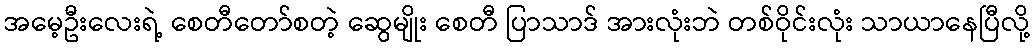
အမေ့ဦးလေးရဲ့ စေတီတော်စတဲ့ ဆွေမျိုး စေတီ ပြာသာဒ် အားလုံးဘဲ တစ်ဝိုင်းလုံး သာယာနေပြီလို့